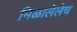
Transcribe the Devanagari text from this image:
मिळालेलेच